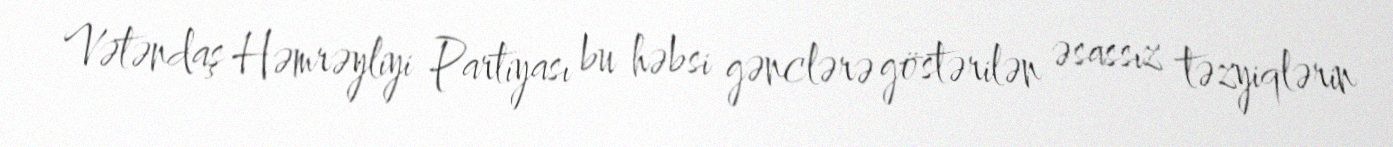
Vətəndaş Həmrəyliyi Partiyası bu həbsi gənclərə göstərilən əsassız təzyiqlərin